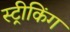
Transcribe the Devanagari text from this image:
स्ट्रीकिंग